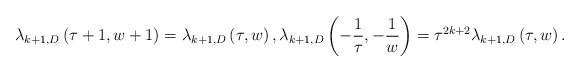
LaTeX: \begin{align*}\lambda_{k+1,D}\left(\tau+1,w+1\right) = \lambda_{k+1,D}\left(\tau,w\right), \lambda_{k+1,D}\left(-\frac{1}{\tau},-\frac{1}{w}\right) = \tau^{2k+2}\lambda_{k+1,D}\left(\tau,w\right).\end{align*}